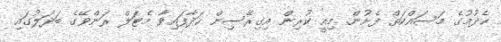
ހެދުމުގެ މަސައްކަތް ފެށުން. މިއީ ކުރިން އިގިރޭސިން ހަދާފައިވާ މެޓަލް ރަންވޭގެ ބަދަލުގައި